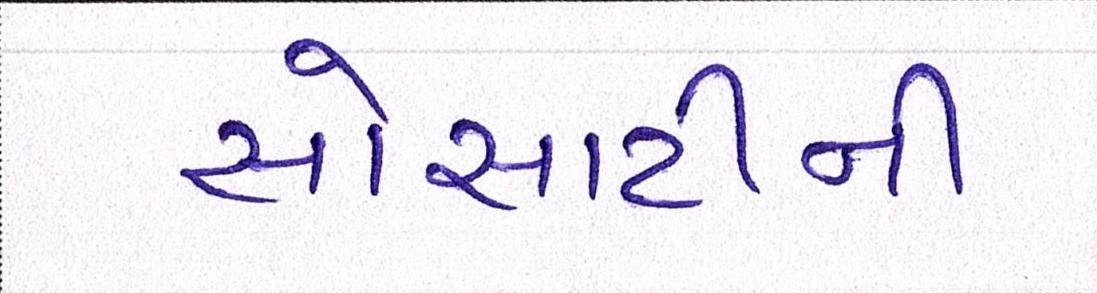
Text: સોસાયટીની